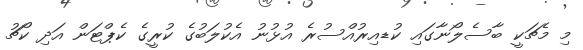
މި މެޗަކީ ބާސެލޯނާގައި ކުޑއިރުއްސުރެ އުޅުނު އެކުލަބުގެ ކުރީގެ ކެޕްޓަން އަދި ކޯޗު